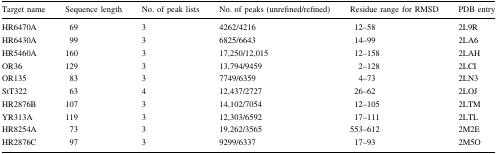
<table><thead><tr><td><b>Target name</b></td><td><b>Sequence length</b></td><td><b>No. of peak lists</b></td><td><b>No. of peaks (unrefined/refined)</b></td><td><b>Residue range for RMSD</b></td><td><b>PDB entry</b></td></tr></thead><tbody><tr><td>HR6470A</td><td>69</td><td>3</td><td>4262/4216</td><td>12–58</td><td>2L9R</td></tr><tr><td>HR6430A</td><td>99</td><td>3</td><td>6825/6643</td><td>14–99</td><td>2LA6</td></tr><tr><td>HR5460A</td><td>160</td><td>3</td><td>17,250/12,015</td><td>12–158</td><td>2LAH</td></tr><tr><td>OR36</td><td>129</td><td>3</td><td>13,794/9459</td><td>2–128</td><td>2LCI</td></tr><tr><td>OR135</td><td>83</td><td>3</td><td>7749/6359</td><td>4–73</td><td>2LN3</td></tr><tr><td>StT322</td><td>63</td><td>4</td><td>12,437/2727</td><td>26–62</td><td>2LOJ</td></tr><tr><td>HR2876B</td><td>107</td><td>3</td><td>14,102/7054</td><td>12–105</td><td>2LTM</td></tr><tr><td>YR313A</td><td>119</td><td>3</td><td>12,303/6592</td><td>17–111</td><td>2LTL</td></tr><tr><td>HR8254A</td><td>73</td><td>3</td><td>19,262/3565</td><td>553–612</td><td>2M2E</td></tr><tr><td>HR2876C</td><td>97</td><td>3</td><td>9299/6337</td><td>17–93</td><td>2M5O</td></tr></tbody></table>